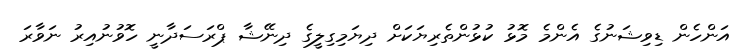
އަންހެން ޑިވިޝަނުގެ އެންމެ މޮޅު ކުޅުންތެރިޔަކަށް ދިޔަމިގިލީގެ ދިނޭޝާ ޕްރަސަދާނީ ހޮވުނުއިރު ނަވާރަ